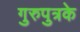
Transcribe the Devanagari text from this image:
गुरुपुत्रके